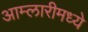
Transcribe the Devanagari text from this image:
आम्लारीमध्ये